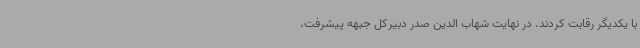
با یکدیگر رقابت کردند. در نهایت شهاب الدین صدر دبیرکل جبهه پیشرفت،